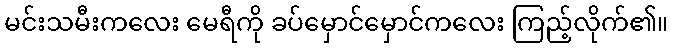
မင်းသမီးကလေး မေရီကို ခပ်မှောင်မှောင်ကလေး ကြည့်လိုက်၏။